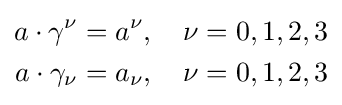
{\begin{aligned}a\cdot \gamma ^{\nu }&=a^{\nu },\quad \nu =0,1,2,3\\a\cdot \gamma _{\nu }&=a_{\nu },\quad \nu =0,1,2,3\end{aligned}}